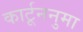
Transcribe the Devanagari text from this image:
कार्टूननुमा